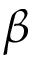
\beta